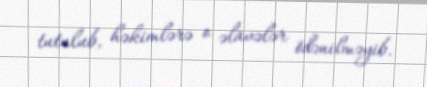
tutulub, həkimlərə o əlavələr ödənilməyib.